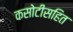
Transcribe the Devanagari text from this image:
कसोटीसहित